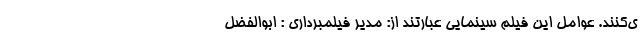
ی‌کنند. عوامل این فیلم سینمایی عبارتند از: مدیر فیلمبرداری : ابوالفضل